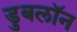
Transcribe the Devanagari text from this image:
डुबलॉन